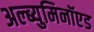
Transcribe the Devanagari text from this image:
अल्ब्युमिनॉएड